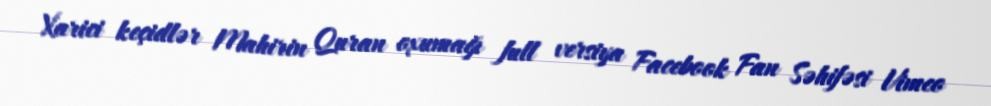
Xarici keçidlər Mahirin Quran oxumağı full versiya Facebook Fan Səhifəsi Vimeo